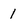
Character: 1